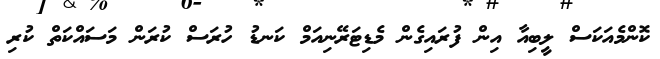
ކޮންމެއަކަސް ލީބިއާ އިން ފުރައިގެން މެޑިޓަރޭނިއަމް ކަނޑު ހުރަސް ކުރަން މަސައްކަތް ކުރި